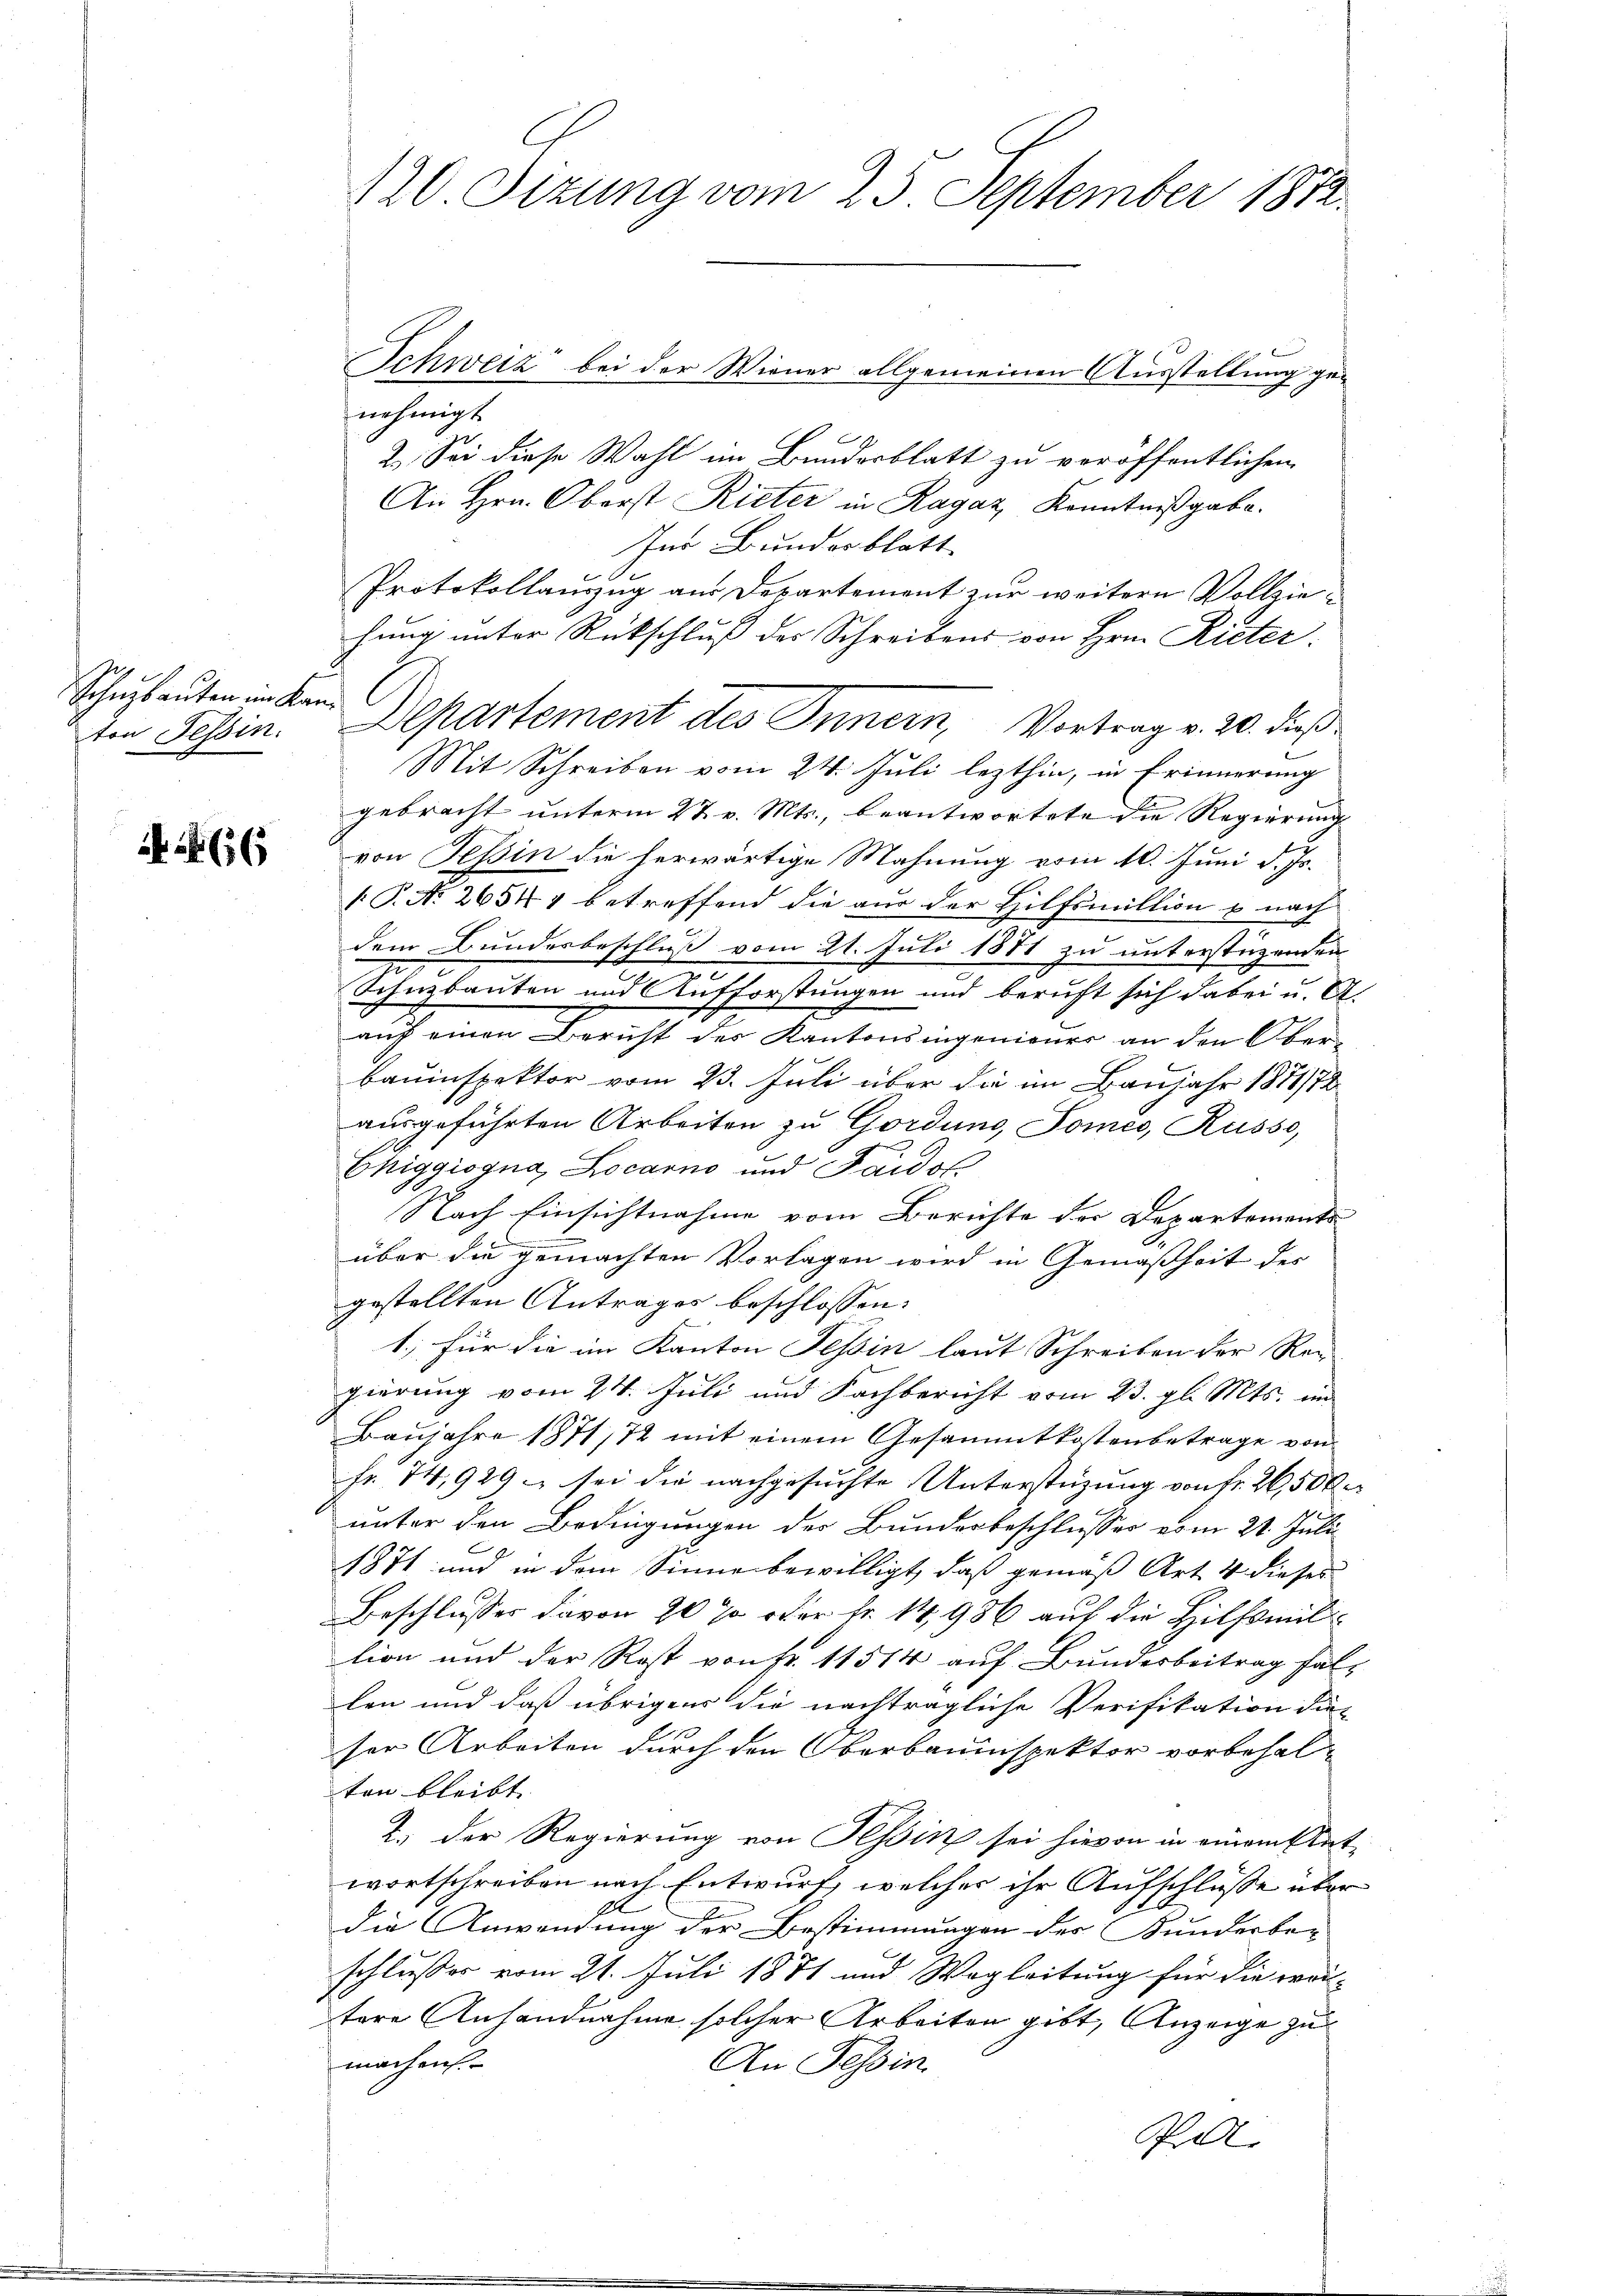
Schuzbauten in Kan

44 (16

Schweiz bei der Wiener allgemeinen Ausstellung genehmigt
2.) Sei diese Wahl im Bundesblatt zu veröffentlichen
An Hrn. Oberst Rieter in Ragaz, Kenntnißgabe.
Im Bundesblatt
Protokollauszug aus Departement zur weitern Vollziehung unter Rückschluß der Schreibens von Hrn. Rieter:
ton Tessin. Departement des Innern, Vortrag v. 20. dieß
Mit Schreiben vom 24. Juli lezthin, in Erinnerung
gebracht unterm 27. v. Mts., beantwortete die Regierung
von Tessin die herwärtige Mahnung vom 10. Juni d. Js.
 P. No. 26544 betreffend die aus der Hilfsmillion & nach
dem Bundesbeschluß vom 21. Juli 1881 zu unterstüzenden
Schnzbauten und Aufforstungen und beruft sich dabei u. A.
auf einen Bericht des Kantonsingenieurs an den Oberbauinspektor vom 23. Juli über die im Baujahr 1877/78
ausgeführten Arbeiten zu Gordung, Tomes, Russo,
Chiggiogna Locarno und Faidot
Nach Einsichtnahme vom Berichte der Departements
über die gemachten Vorlagen wird in Gemäßheit des
gestellten Antrages beschlossen:
1.) für die im Kanton Tessin laut Schreiben der Rei
gierung vom 24. Juli und Fachbericht vom 23. gl. Mts. im
Baujahre 1871, 12 mit einem Gesammtkostenbetrage von
fr. 74,929. sei die nachgesuchte Unterstüzung von fr. 26,500.
unter den Bedingungen des Bunderbeschlusses vom 21. Juli
1871 und in dem Sinne bewilligt, daß gemäß Art. 4 dieses
Beschlusses davon 20 % der fr. 14,986 auf die Hilfsmitlion und der Rost von Fr. 11514 auf Bundesbeitrag fallen und daß übrigens die nachträgliche Verifikation dies
ser Arbeiten durch den Oberbauinspektor vorbehalten bleibt. |
2. Der Regierung von Tessin sei hievon in einem Statwortschreiben nach Entwurf, welcher ihr Aufschlüsse über
die Anwendung der Bestimmungen der Kunderbe-
schlusser vom 21. Juli 1881 und Wegleitung für die wei-
tere Anhandnahme solcher Arbeiten gibt, Anzeige zu
machen.
An Tessin.
Pol

120 Sizung vom 25. September 1872.